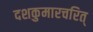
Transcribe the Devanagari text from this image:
दशकुमारचरित्‌